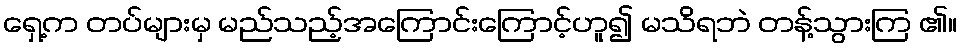
ရှေ့က တပ်များမှ မည်သည့်အကြောင်းကြောင့်ဟူ၍ မသိရဘဲ တန့်သွားကြ ၏။